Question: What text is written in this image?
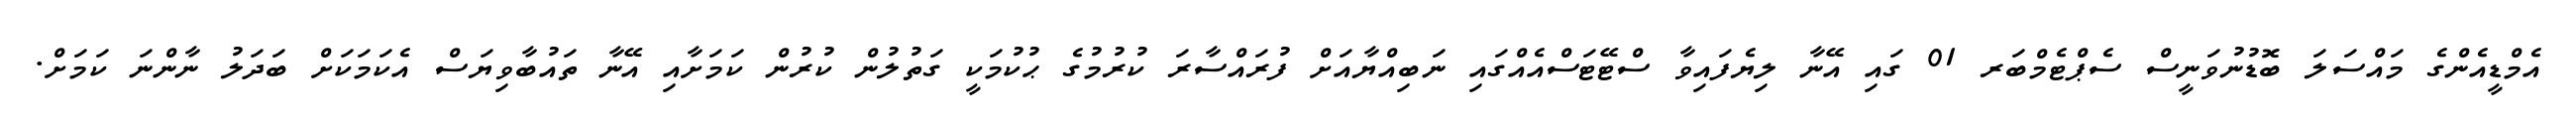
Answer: އެމްޑީއެންގެ މައްސަލަ ބޮޑުނުވަނީސް ސެޕްޓެމްބަރ 01 ގައި އޭނާ ލިޔެފައިވާ ސްޓޭޓަސްއެއްގައި ނަބިއްޔާއަށް ފުރައްސާރަ ކުރުމުގެ ޙުކުމަކީ ގަތުލުން ކުރުން ކަމަށާއި އޭނާ ތައުބާވިޔަސް އެކަމަކަށް ބަދަލު ނާންނަ ކަމަށް.